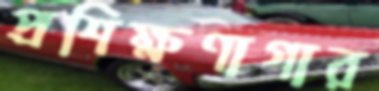
প্রশিক্ষণাগার